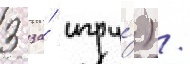
3 за́ игру́) /